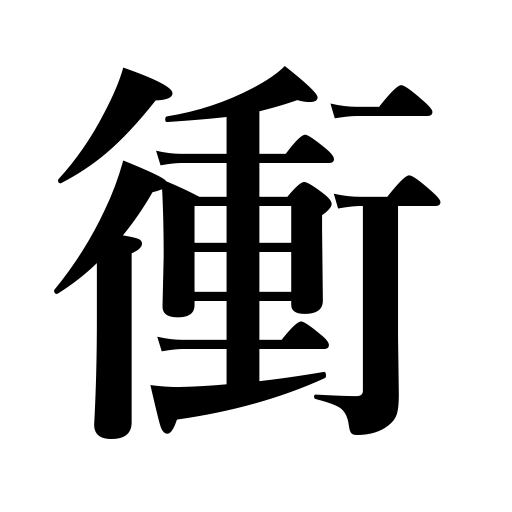
Meanings: opposition in astronomy,brunt,highway,collision,important point